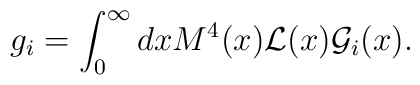
g_{i} =  \int_0^\infty dx M^4(x){\cal L}(x){\cal G}_i(x).